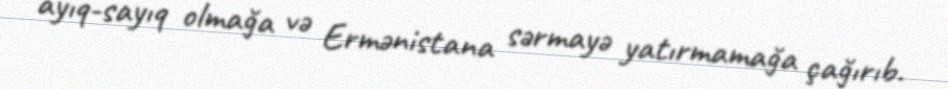
ayıq-sayıq olmağa və Ermənistana sərmayə yatırmamağa çağırıb.